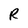
Character: R